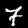
Digit: 7